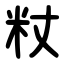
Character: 粀